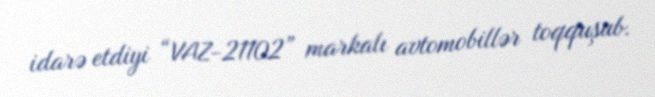
idarə etdiyi “VAZ-21102” markalı avtomobillər toqquşub.